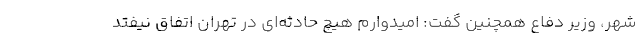
شهر، وزیر دفاع همچنین گفت: امیدوارم هیچ حادثه‌ای در تهران اتفاق نیفتد